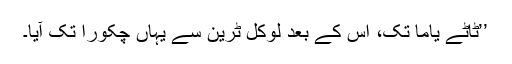
’’ٹاٹے یاما تک، اس کے بعد لوکل ٹرین سے یہاں چکورا تک آیا۔